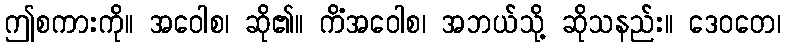
ဤစကားကို။ အဝေါစ၊ ဆို၏။ ကိံအဝေါစ၊ အဘယ်သို့ ဆိုသနည်း။ ဒေဝတေ၊